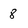
Character: 8